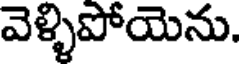
వెళ్ళిపోయెను.